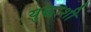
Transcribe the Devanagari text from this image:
युद्धाशी